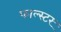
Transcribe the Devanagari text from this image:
फाल्स्टर